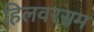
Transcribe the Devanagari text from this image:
हिलवरसम